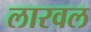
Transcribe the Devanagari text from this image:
लारवल